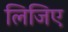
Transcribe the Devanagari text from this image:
लिजिए